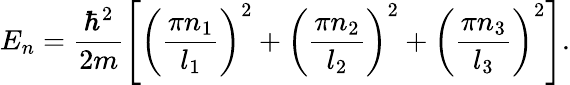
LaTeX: E_{n}=\frac{\hbar^{2}}{2m}\left[\left(\frac{\pi n_{1}}{l_{1}}\right)^{2}+\left(\frac{\pi n_{2}}{l_{2}}\right)^{2}+\left(\frac{\pi n_{3}}{l_{3}}\right)^{2}\right].